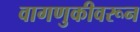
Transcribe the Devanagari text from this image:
वागणुकीवरून